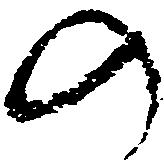
の